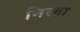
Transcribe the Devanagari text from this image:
निस्गा